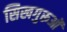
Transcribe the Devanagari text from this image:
सिखगुरूओं